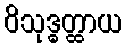
ဝိသုဒ္ဓတ္ထာယ